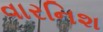
વારનિશ